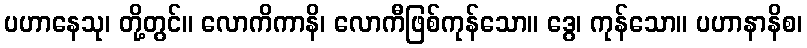
ပဟာနေသု၊ တို့တွင်။ လောကိကာနိ၊ လောကီဖြစ်ကုန်သော။ ဒွေ၊ ကုန်သော။ ပဟာနာနိစ၊